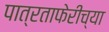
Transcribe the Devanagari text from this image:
पात्रताफेरीच्या